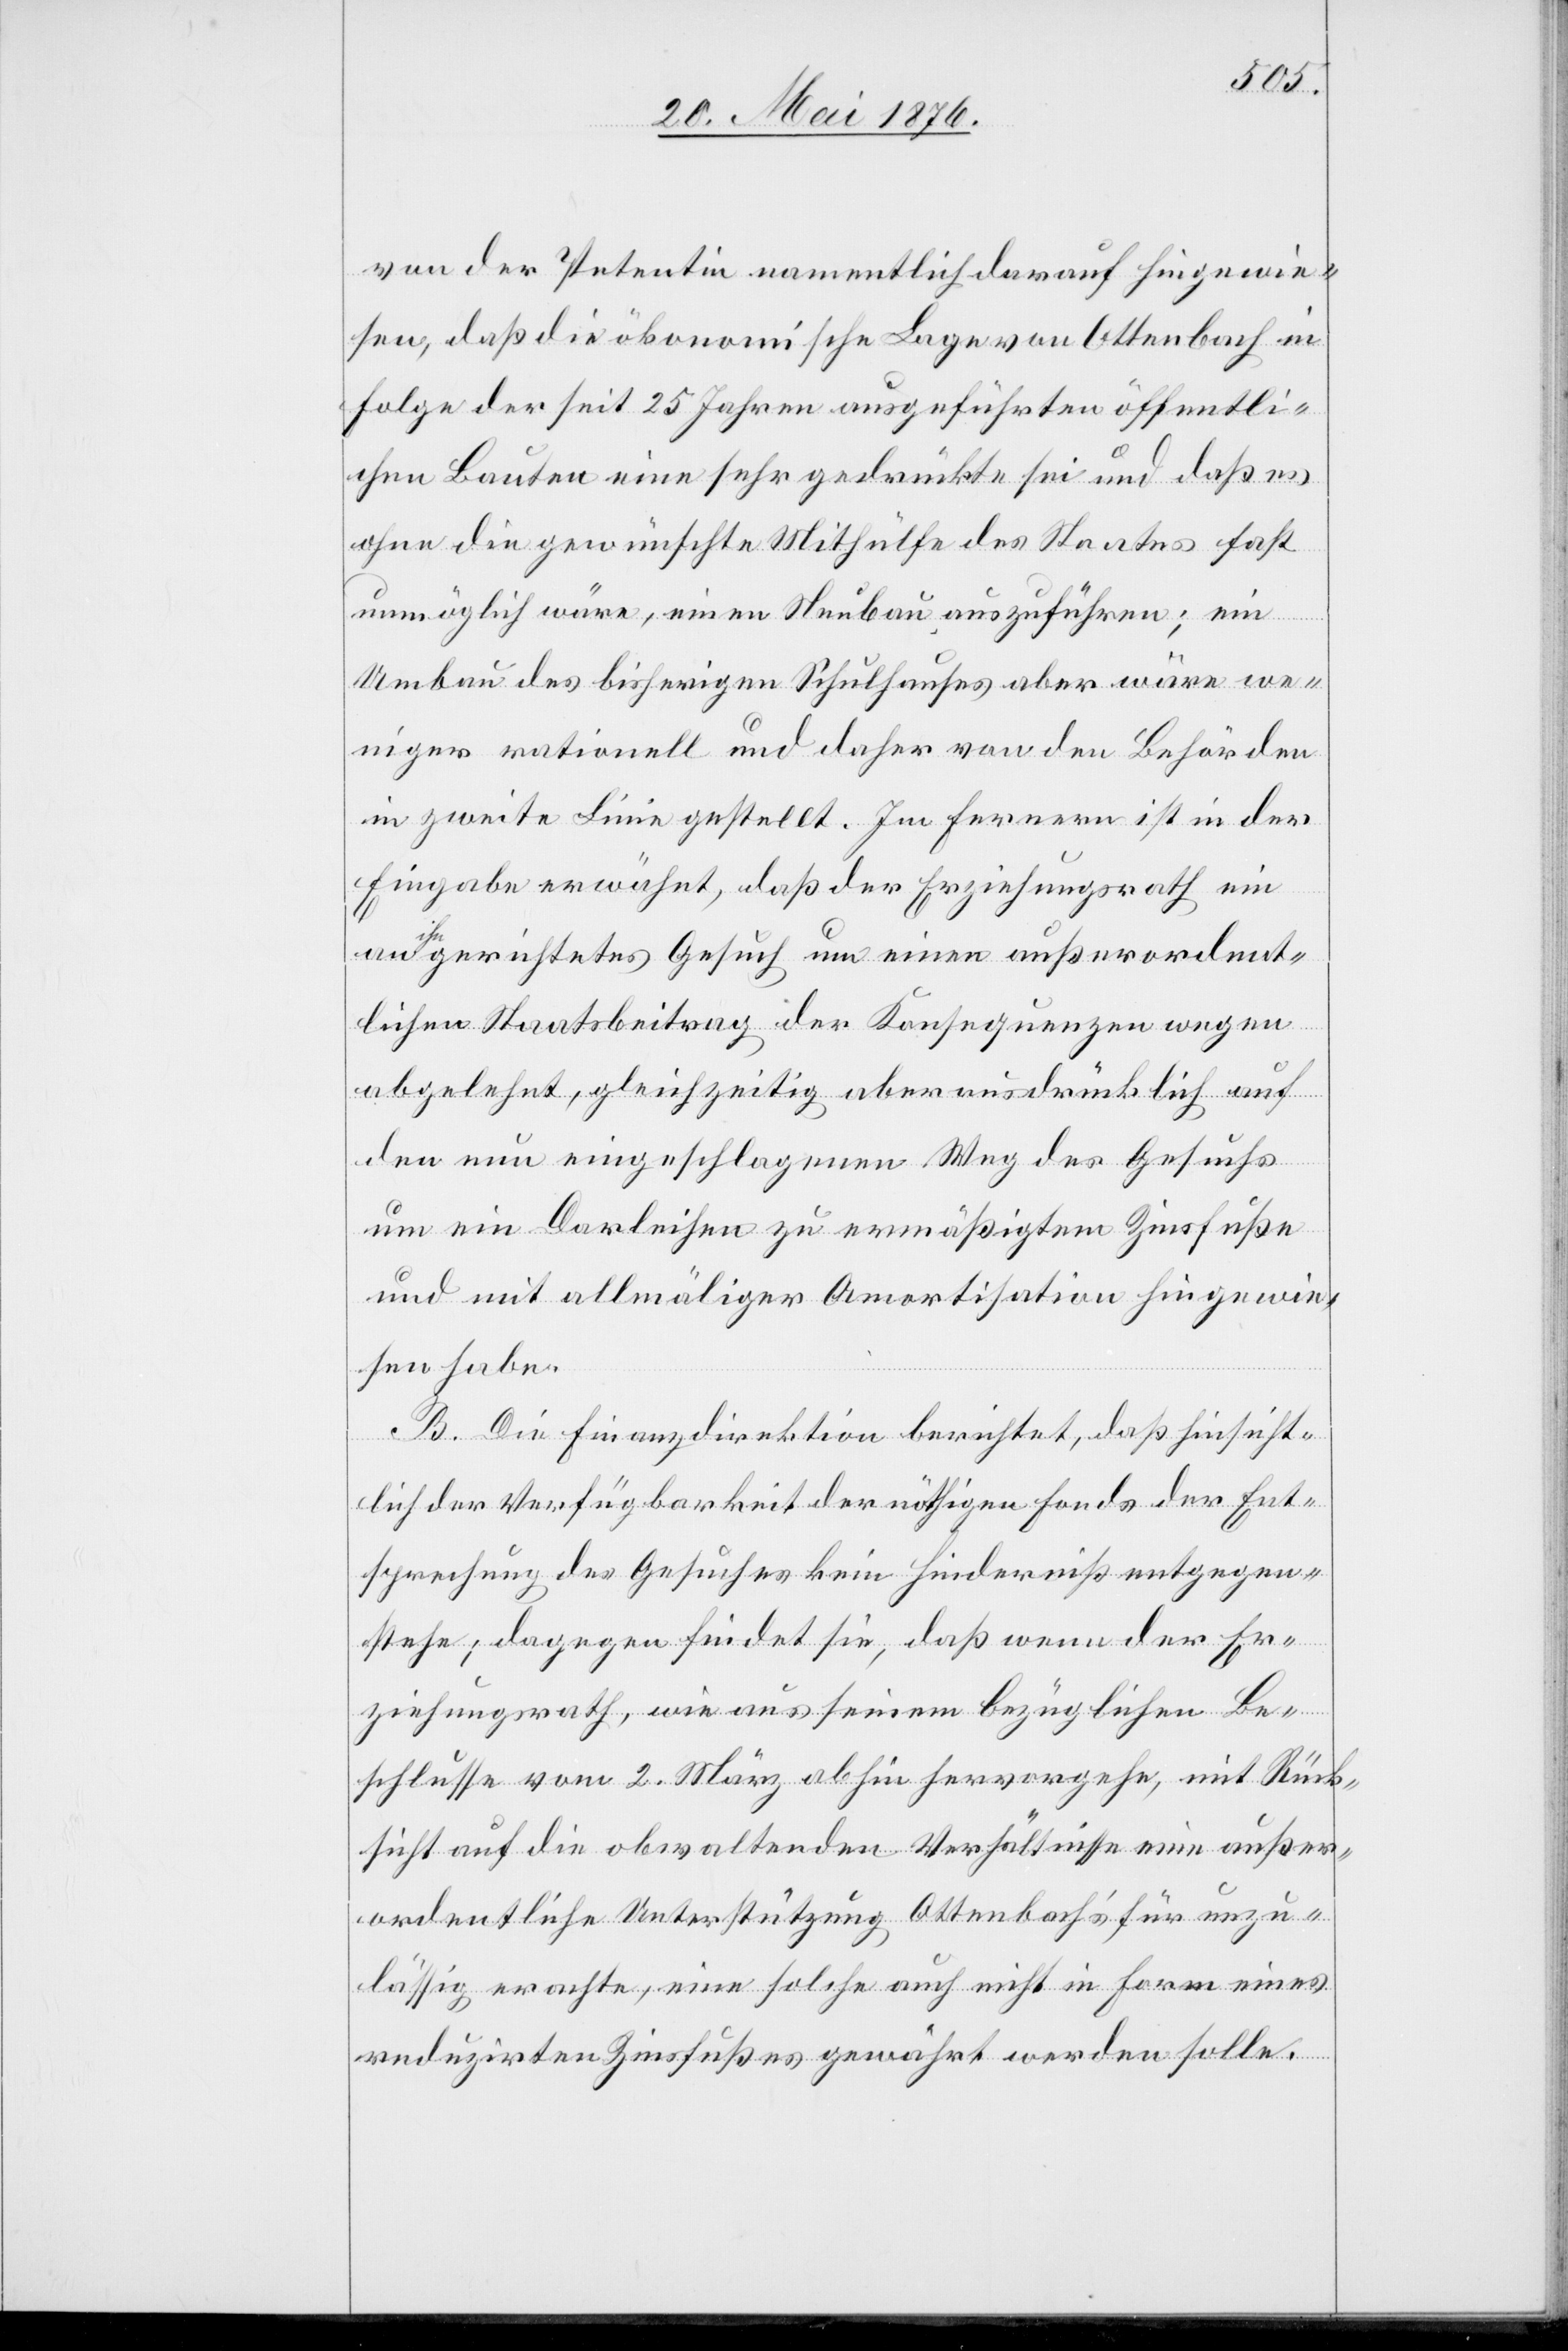
von der Petentin namentlich darauf hingewie¬
sen, daß die ökonomische Lage von Ottenbach in
Folge der seit 25 Jahren ausgeführten öffentli¬
chen Bauten eine sehr gedrückte sei und daß es
ohne die gewünschte Mithülfe des Staates fast
unmöglich wäre, einen Neubau auszuführen; ein
Umbau des bisherigen Schulhauses aber wäre we¬
niger rationell und daher von den Behörden
in zweite Linie gestellt. Im Fernern ist in der
Eingabe erwähnt, daß der Erziehungsrath ein
gerichtetes Gesuch um einen außerordent¬
lichen Staatsbeitrag der Konsequenzen wegen
abgelehnt hat, gleichzeitig aber ausdrücklich auf
den nun eingeschlagenen Weg des Gesuchs
um ein Darleihen zu ermäßigtem Zinsfuße
und mit allmäliger Amortisation hingewie¬
sen habe.
B. Die Finanzdirektion berichtet, daß hinsicht¬
lich der Verfügbarkeit der nöthigen Fonds der Ent¬
sprechung des Gesuches kein Hinderniß entgegen¬
stehe; dagegen findet sie, daß wenn der Er¬
ziehungsrath, wie aus seinem bezüglichen Be¬
schlusse vom 2. März abhin hervorgehe, mit Rück¬
sicht auf die obwaltenden Verhältnisse eine außer¬
ordentliche Unterstützung Ottenbach’s für unzu¬
lässig erachte, eine solche auch nicht in Form eines
reduzirten Zinsfußes gewährt werden solle.